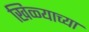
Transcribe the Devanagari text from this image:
खिळ्याच्या